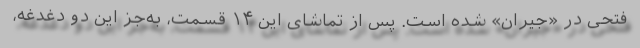
فتحی در «جیران» شده است. پس از تماشای این ۱۴ قسمت، به‌جز این دو دغدغه،